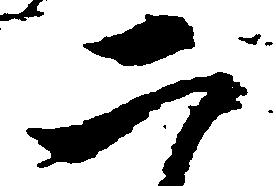
二